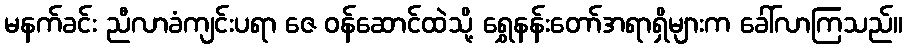
မနက်ခင်း ညီလာခံကျင်းပရာ ဇေ ဝန်ဆောင်ထဲသို့ ရွှေနန်းတော်အရာရှိများက ခေါ်လာကြသည်။